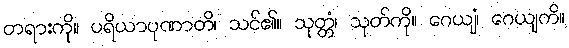
တရားကို။ ပရိယာပုဏာတိ၊ သင်၏။ သုတ္တံ၊ သုတ်ကို။ ဂေယျံ၊ ဂေယျကိ။